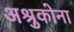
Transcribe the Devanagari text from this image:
अश्रुकोना